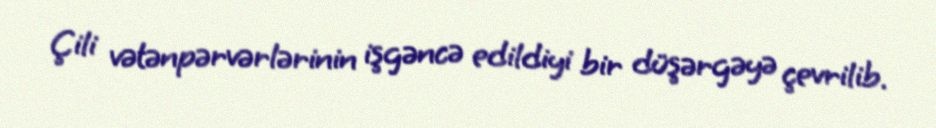
Çili vətənpərvərlərinin işgəncə edildiyi bir düşərgəyə çevrilib.